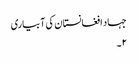
جہاد افغانستان کی آبیاری
۲۔